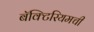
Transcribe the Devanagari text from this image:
बॅक्टिरियमची